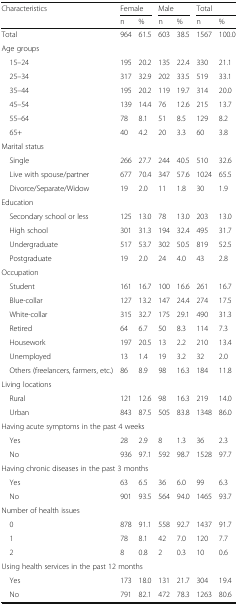
<table><thead><tr><td rowspan="2"><b>Characteristics</b></td><td colspan="2"><b>Female</b></td><td colspan="2"><b>Male</b></td><td colspan="2"><b>Total</b></td></tr><tr><td><b>n</b></td><td><b>%</b></td><td><b>n</b></td><td><b>%</b></td><td><b>n</b></td><td><b>%</b></td></tr></thead><tbody><tr><td>Total</td><td>964</td><td>61.5</td><td>603</td><td>38.5</td><td>1567</td><td>100.0</td></tr><tr><td colspan="7">Age groups</td></tr><tr><td> 15–24</td><td>195</td><td>20.2</td><td>135</td><td>22.4</td><td>330</td><td>21.1</td></tr><tr><td> 25–34</td><td>317</td><td>32.9</td><td>202</td><td>33.5</td><td>519</td><td>33.1</td></tr><tr><td> 35–44</td><td>195</td><td>20.2</td><td>119</td><td>19.7</td><td>314</td><td>20.0</td></tr><tr><td> 45–54</td><td>139</td><td>14.4</td><td>76</td><td>12.6</td><td>215</td><td>13.7</td></tr><tr><td> 55–64</td><td>78</td><td>8.1</td><td>51</td><td>8.5</td><td>129</td><td>8.2</td></tr><tr><td> 65+</td><td>40</td><td>4.2</td><td>20</td><td>3.3</td><td>60</td><td>3.8</td></tr><tr><td colspan="7">Marital status</td></tr><tr><td> Single</td><td>266</td><td>27.7</td><td>244</td><td>40.5</td><td>510</td><td>32.6</td></tr><tr><td> Live with spouse/partner</td><td>677</td><td>70.4</td><td>347</td><td>57.6</td><td>1024</td><td>65.5</td></tr><tr><td> Divorce/Separate/Widow</td><td>19</td><td>2.0</td><td>11</td><td>1.8</td><td>30</td><td>1.9</td></tr><tr><td colspan="7">Education</td></tr><tr><td> Secondary school or less</td><td>125</td><td>13.0</td><td>78</td><td>13.0</td><td>203</td><td>13.0</td></tr><tr><td> High school</td><td>301</td><td>31.3</td><td>194</td><td>32.4</td><td>495</td><td>31.7</td></tr><tr><td> Undergraduate</td><td>517</td><td>53.7</td><td>302</td><td>50.5</td><td>819</td><td>52.5</td></tr><tr><td> Postgraduate</td><td>19</td><td>2.0</td><td>24</td><td>4.0</td><td>43</td><td>2.8</td></tr><tr><td colspan="7">Occupation</td></tr><tr><td> Student</td><td>161</td><td>16.7</td><td>100</td><td>16.6</td><td>261</td><td>16.7</td></tr><tr><td> Blue-collar</td><td>127</td><td>13.2</td><td>147</td><td>24.4</td><td>274</td><td>17.5</td></tr><tr><td> White-collar</td><td>315</td><td>32.7</td><td>175</td><td>29.1</td><td>490</td><td>31.3</td></tr><tr><td> Retired</td><td>64</td><td>6.7</td><td>50</td><td>8.3</td><td>114</td><td>7.3</td></tr><tr><td> Housework</td><td>197</td><td>20.5</td><td>13</td><td>2.2</td><td>210</td><td>13.4</td></tr><tr><td> Unemployed</td><td>13</td><td>1.4</td><td>19</td><td>3.2</td><td>32</td><td>2.0</td></tr><tr><td> Others (freelancers, farmers, etc.)</td><td>86</td><td>8.9</td><td>98</td><td>16.3</td><td>184</td><td>11.8</td></tr><tr><td colspan="7">Living locations</td></tr><tr><td> Rural</td><td>121</td><td>12.6</td><td>98</td><td>16.3</td><td>219</td><td>14.0</td></tr><tr><td> Urban</td><td>843</td><td>87.5</td><td>505</td><td>83.8</td><td>1348</td><td>86.0</td></tr><tr><td colspan="7">Having acute symptoms in the past 4 weeks</td></tr><tr><td> Yes</td><td>28</td><td>2.9</td><td>8</td><td>1.3</td><td>36</td><td>2.3</td></tr><tr><td> No</td><td>936</td><td>97.1</td><td>592</td><td>98.7</td><td>1528</td><td>97.7</td></tr><tr><td colspan="7">Having chronic diseases in the past 3 months</td></tr><tr><td> Yes</td><td>63</td><td>6.5</td><td>36</td><td>6.0</td><td>99</td><td>6.3</td></tr><tr><td> No</td><td>901</td><td>93.5</td><td>564</td><td>94.0</td><td>1465</td><td>93.7</td></tr><tr><td colspan="7">Number of health issues</td></tr><tr><td> 0</td><td>878</td><td>91.1</td><td>558</td><td>92.7</td><td>1437</td><td>91.7</td></tr><tr><td> 1</td><td>78</td><td>8.1</td><td>42</td><td>7.0</td><td>120</td><td>7.7</td></tr><tr><td> 2</td><td>8</td><td>0.8</td><td>2</td><td>0.3</td><td>10</td><td>0.6</td></tr><tr><td colspan="7">Using health services in the past 12 months</td></tr><tr><td> Yes</td><td>173</td><td>18.0</td><td>131</td><td>21.7</td><td>304</td><td>19.4</td></tr><tr><td> No</td><td>791</td><td>82.1</td><td>472</td><td>78.3</td><td>1263</td><td>80.6</td></tr></tbody></table>